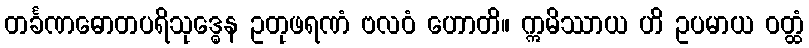
တင်္ခဏဓောတပရိသုဒ္ဓေန ဥတုဖရဏံ ဗလဝံ ဟောတိ။ ဣမိဿာယ ဟိ ဥပမာယ ဝတ္ထံ